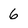
Character: 6